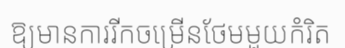
ឱ្យមានការរីកចម្រើនថែមមួយកំរិត